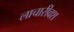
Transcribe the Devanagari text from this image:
लाचारीवश